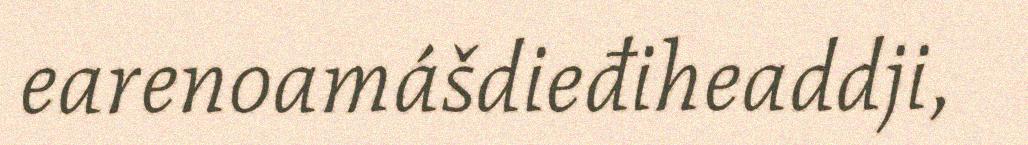
earenoamášdieđiheaddji,